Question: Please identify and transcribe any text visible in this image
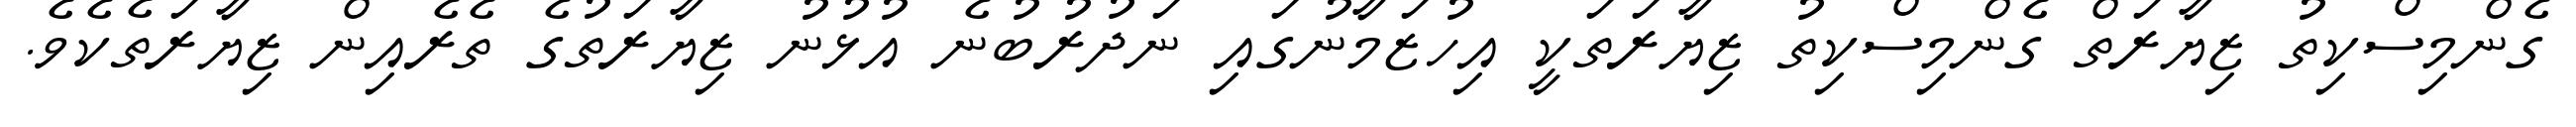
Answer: ގެންމިސްކިތު ޒިޔާރަތް ގެންމިސްކިތު ޒިޔާރަތަކީ އިހުޒަމާނުގައި ނަދުރުބުނެ އުޅުނު ޒިޔާރަތުގެ ތެރެއިން ޒިޔާރަތެކެވެ.